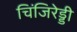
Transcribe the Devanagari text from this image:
चिंजिरेड्डी